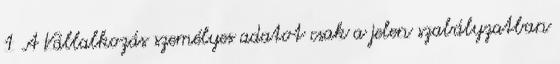
1 A Vállalkozás személyes adatot csak a jelen szabályzatban